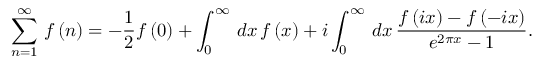
\sum _ { n = 1 } ^ { \infty } \, f \left( n \right) = - \frac { 1 } { 2 } f \left( 0 \right) + \int _ { 0 } ^ { \infty } \, d x \, f \left( x \right) + i \int _ { 0 } ^ { \infty } \, d x \, \frac { f \left( i x \right) - f \left( - i x \right) } { e ^ { 2 \pi x } - 1 } .